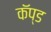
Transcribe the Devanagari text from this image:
कॅप्ड